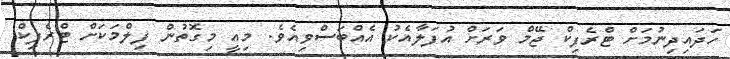
ހަދައިދިނުމަށް ޓްރެފިކް ޖޭމް ވަރަށް އުފަލާއެކު އެއްބަސްވިއެވެ. މިއީ މިގޮތުން ފިލްމަކަށް ޓްރެފިކް